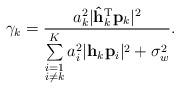
LaTeX: \begin{align*} \gamma_k=\frac{a_k^2\lvert\mathbf{\hat{h}}_k^{\textrm{T}}\mathbf{p}_k\rvert^2}{\sum\limits_{\substack{i=1\\i\neq k}}^K a_i^2\lvert\mathbf{h}_k\mathbf{p}_i\rvert^2+\sigma_w^2}.\end{align*}